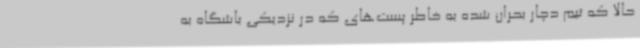
حالا که تیم دچار بحران شده به خاطر پست‌های که در نزدیکی باشگاه به